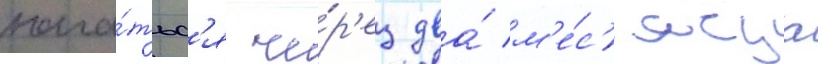
нача́тьс'я че́р'ез два́ м'е́с'яца